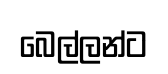
බෙල්ලන්ට